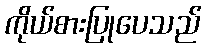
ကိုယ်စားပြုပေသည်